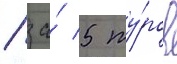
/ за́ 5 ту́ров